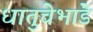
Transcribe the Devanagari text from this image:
धातुचेभांडे